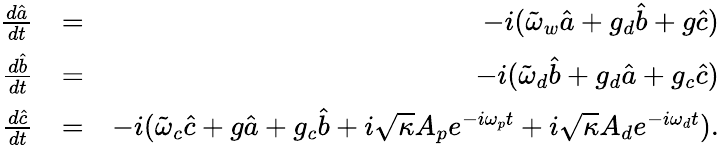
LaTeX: \begin{array}{rlr}{\frac{d\hat{a}}{dt}}&{=}&{-i(\tilde{\omega}_{w}\hat{a}+g_{d}\hat{b}+g\hat{c})}\\ {\frac{d\hat{b}}{dt}}&{=}&{-i(\tilde{\omega}_{d}\hat{b}+g_{d}\hat{a}+g_{c}\hat{c})}\\ {\frac{d\hat{c}}{dt}}&{=}&{-i(\tilde{\omega}_{c}\hat{c}+g\hat{a}+g_{c}\hat{b}+i\sqrt{\kappa}A_{p}e^{-i\omega_{p}t}+i\sqrt{\kappa}A_{d}e^{-i\omega_{d}t}).}\end{array}